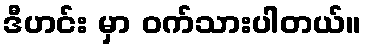
ဒီဟင်း မှာ ဝက်သားပါတယ်။